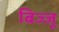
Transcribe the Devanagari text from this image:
बिज्‍जू